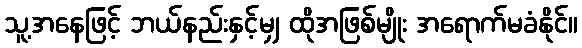
သူ့အနေဖြင့် ဘယ်နည်းနှင့်မျှ ထိုအဖြစ်မျိုး အရောက်မခံနိုင်။